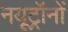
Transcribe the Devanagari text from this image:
नयूट्रॉनों